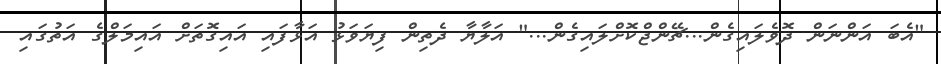
"އެބަ އަންނަން ދޮވެލައިގެން...ޗޭންޖްކޮށްލައިގެން..." އަލާޔާ ދެތިން ފިޔަވަޅު އަޅާފައި އައިގޮތަށް އައިމަލްގެ އަތުގައި